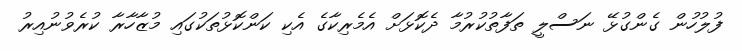
ފުލުހުން ގެންގުޅޭ ނަސްލީ ތަފާތުކުރުމާ ދެކޮޅަށް އެމެރިކާގެ އެކި ކަންކޮޅުތަކުގައި މުޒާހާރާ ކުރެވުނުއިރު